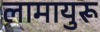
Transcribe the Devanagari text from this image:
लामायुरू